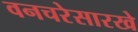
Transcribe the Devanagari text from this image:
वनचरेसारखे